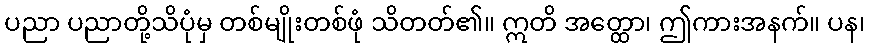
ပညာ ပညာတို့သိပုံမှ တစ်မျိုးတစ်ဖုံ သိတတ်၏။ ဣတိ အတ္ထော၊ ဤကားအနက်။ ပန၊